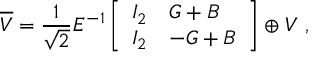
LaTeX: \overline { { { V } } } = { \frac { 1 } { \sqrt { 2 } } } E ^ { - 1 } \left[ \begin{array} { l l } { { I _ { 2 } } } & { { G + B } } \\ { { I _ { 2 } } } & { { - G + B } } \end{array} \right] \oplus V \ ,